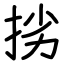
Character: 挘